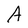
Character: A